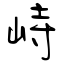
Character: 峙